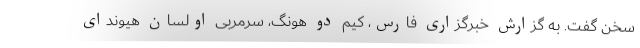
سخن گفت. به گزارش خبرگزاری فارس، کیم دو هونگ، سرمربی اولسان هیوندای